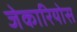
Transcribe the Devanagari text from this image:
जेकारियोस